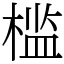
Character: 槛